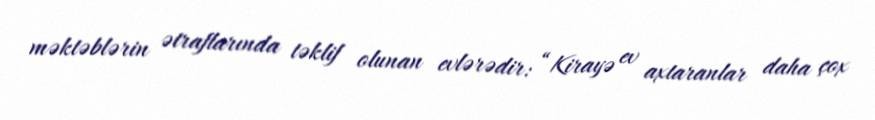
məktəblərin ətraflarında təklif olunan evlərədir: “Kirayə ev axtaranlar daha çox